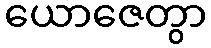
ယောဇေတွာ